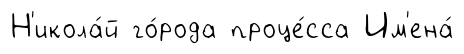
Н'икола́й го́рода проце́сса Им'ена́